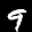
Label: 9